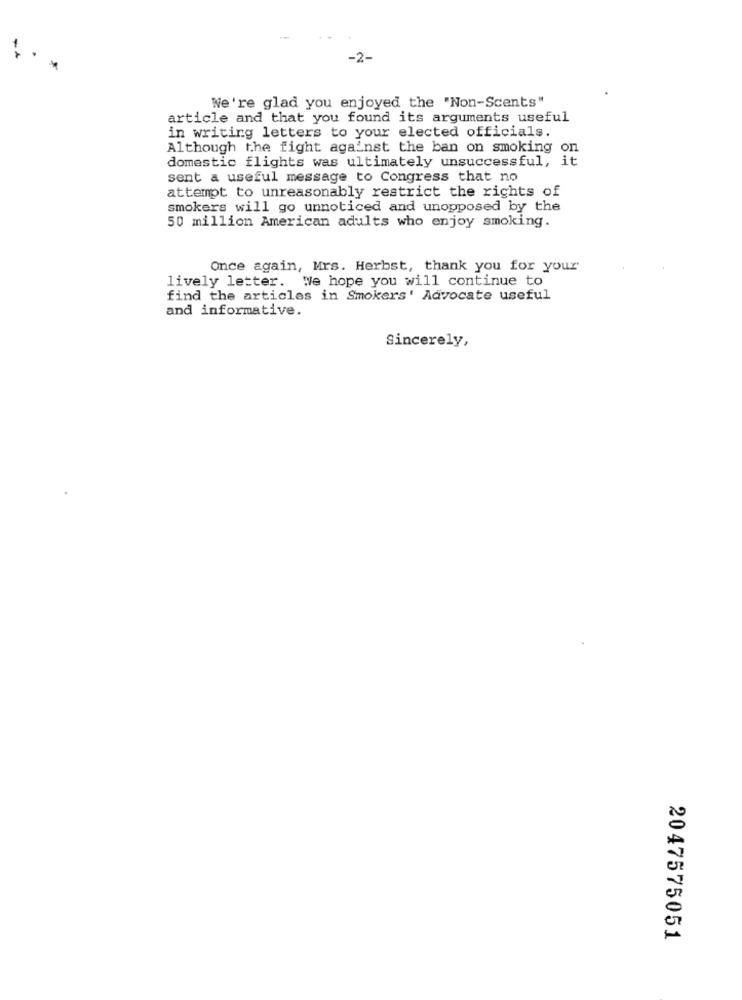
-
We're glad you enjoyed the "Non-Scents"
article and that you found its arguments useful
in writing letters to your elected officials.
Although the fight against the ban on smoking on
domestic flights was ultimately unsuccessful, it
sent a useful message to Congress that no
attempt to unreasonably restrict the rights of
smokers will go unnoticed and unopposed by the
50 million American adults who enjoy smoking.
Once again, Mrs. Herbst, thank you for your
lively letter. We hope you will continue to
find the articles in Smokers' Advocate useful
and informative.
Sincerely,
2047575051